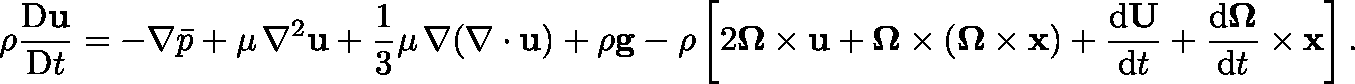
\rho { \frac { \mathrm { D } \mathbf { u } } { \mathrm { D } t } } = - \nabla { \bar { p } } + \mu \, \nabla ^ { 2 } \mathbf { u } + { \frac { 1 } { 3 } } \mu \, \nabla ( \nabla \cdot \mathbf { u } ) + \rho \mathbf { g } - \rho \left[ 2 \mathbf { \Omega } \times \mathbf { u } + \mathbf { \Omega } \times ( \mathbf { \Omega } \times \mathbf { x } ) + { \frac { \mathrm { d } \mathbf { U } } { \mathrm { d } t } } + { \frac { \mathrm { d } \mathbf { \Omega } } { \mathrm { d } t } } \times \mathbf { x } \right] .